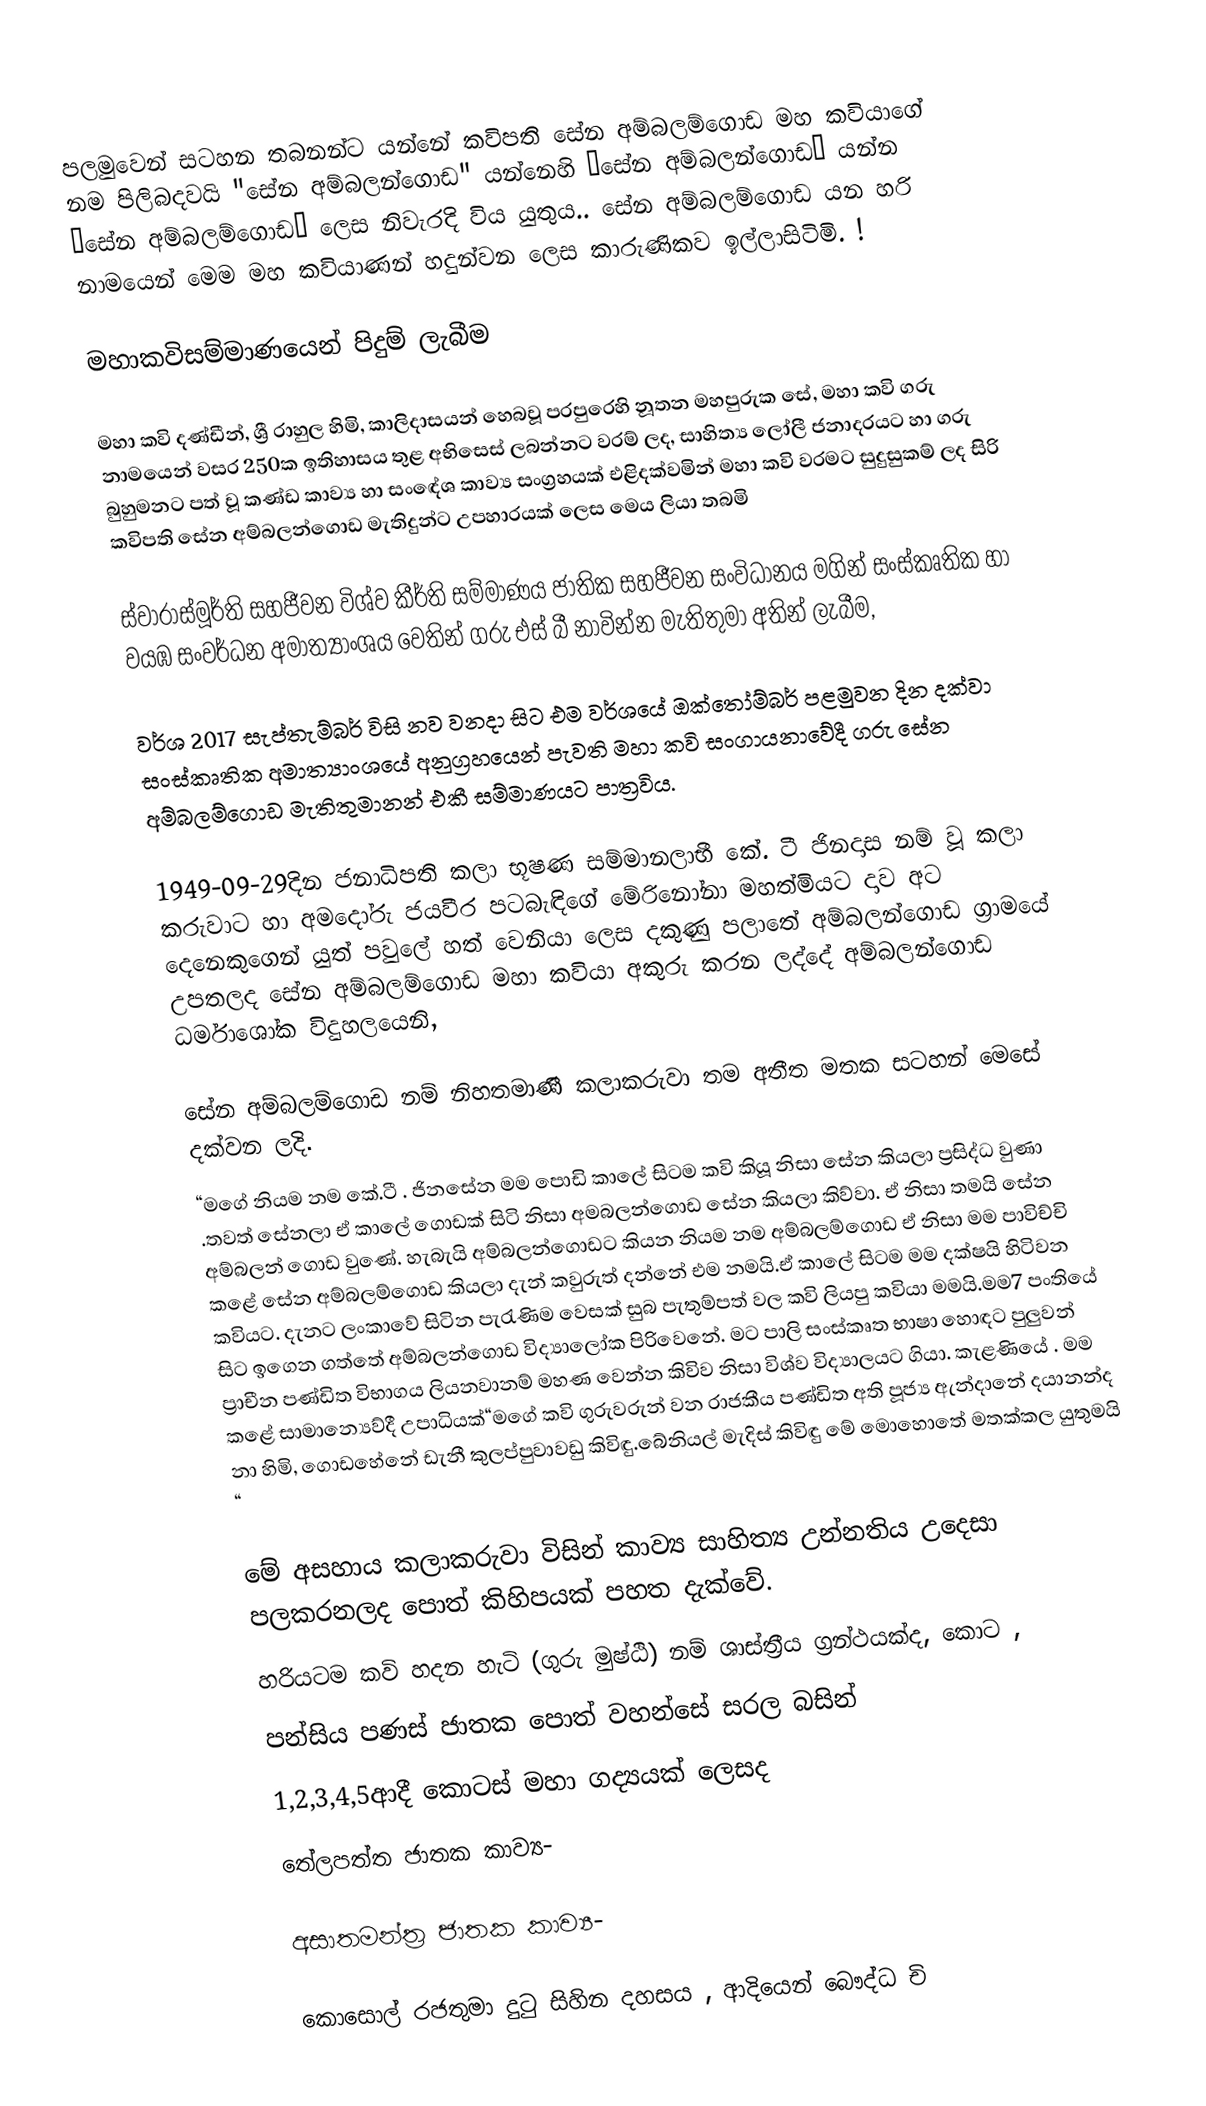
පලමුවෙන් සටහන තබනන්ට යන්නේ කවිපති සේන අම්බලම්ගොඩ මහ කවියාගේ නම පිලිබදවයි "සේන අම්බලන්ගොඩ" යන්නෙහි “සේන අම්බලන්ගොඩ“ යන්න “සේන අම්බලම්ගොඩ“ ලෙස නිවැරදි විය යුතුය.. සේන අම්බලම්ගොඩ යන හරි නාමයෙන් මෙම මහ කවියාණන් හදුන්වන ලෙස කාරුණිකව ඉල්ලාසිටිමි. !

මහාකවිසම්මාණයෙන් පිදුම් ලැබීම

මහා කවි දණ්ඩීන්, ශ්‍රී රාහුල හිමි, කාලිදාසයන් හෙබවූ පරපුරෙහි නූතන මහපුරුක සේ, මහා කවි ගරු නාමයෙන් වසර 250ක ඉතිහාසය තුළ අභිසෙස් ලබන්නට වරම් ලද,  සාහිත්‍ය ලෝලී ජනාදරයට හා ගරු බුහුමනට පත් වූ කණ්ඩ කාව්‍ය හා සංඳේශ කාව්‍ය සංග්‍රහයක් එළිදක්වමින් මහා කවි වරමට සුදුසුකම් ලද සිරි කවිපති සේන අම්බලන්ගොඩ මැතිදුන්ට උපහාරයක් ලෙස මෙය ලියා තබමි

ස්වාරාස්මූර්ති සහජීවන විශ්ව කීර්ති සම්මාණය ජාතික සහජීවන සංවිධානය මගින්  සංස්කෘතික හා වයඹ සංවර්ධන අමාත්‍යාංශය වෙතින් ගරු එස් බී නාවින්න මැතිතුමා අතින් ලැබීම,

වර්ශ 2017 සැප්තැම්බර් විසි නව වනදා සිට එම වර්ශයේ ඔක්තෝම්බර් පළමුවන දින දක්වා සංස්කෘතික අමාත්‍යාංශයේ අනුග්‍රහයෙන් පැවති මහා කවි සංගායනාවේදී ගරු සේන අම්බලම්ගොඩ මැතිතුමානන් එකී සම්මාණයට පාත්‍රවිය.

1949-09-29දින ජනාධිපති කලා භූෂණ සම්මානලාභී කේ. ටී ජිනදාස නම් වූ කලා කරුවාට හා අමදෝරු ජයවීර පටබැඳිගේ මේරිනෝනා මහත්මියට දාව අට දෙනෙකුගෙන් යුත් පවුලේ හත් වෙනියා ලෙස  දකුණු පලාතේ අම්බලන්ගොඩ ග්‍රාමයේ උපතලද සේන අම්බලම්ගොඩ මහා කවියා අකුරු කරන ලද්දේ අම්බලන්ගොඩ ධර්මාශෝක විදුහලයෙනි,

සේන අම්බලම්ගොඩ නම් නිහතමාණී කලාකරුවා තම අතීත මතක සටහන් මෙසේ දක්වන ලදි.
“මගේ නියම නම කේ.ටී . ජිනසේන මම පොඩි කාලේ සිටම කවි කියූ නිසා සේන කියලා ප්‍රසිද්ධ වුණා .තවත් සේනලා ඒ කාලේ ගොඩක් සිටි නිසා අමබලන්ගොඩ සේන කියලා කිව්වා. ඒ නිසා තමයි සේන අම්බලන් ගොඩ වුණේ. හැබැයි අම්බලන්ගොඩට කියන නියම නම අම්බලම්ගොඩ ඒ නිසා මම පාවිච්චි කළේ සේන අම්බලම්ගොඩ කියලා දැන් කවුරුත් දන්නේ එම නමයි.ඒ කාලේ සිටම මම දක්ෂයි හිටිවන කවියට. දැනට ලංකාවේ සිටින පැරැණිම වෙසක් සුබ පැතුම්පත් වල කවි ලියපු කවියා මමයි.මම7 පංතියේ සිට ඉගෙන ගත්තේ අම්බලන්ගොඩ විද්‍යාලෝක පිරිවෙනේ. මට පාලි සංස්කෘත භාෂා හොඳට පුලුවන් ප්‍රාචීන පණ්ඩිත විභාගය ලියනවානම් මහණ වෙන්න කිවිව නිසා විශ්ව විද්‍යාලයට ගියා. කැළණියේ . මම කළේ සාමාන්‍යෙව්දී උපාධියක්“මගේ කවි ගුරුවරුන් වන රාජකීය පණ්ඩිත අති පූජ්‍ය ඇන්දානේ දයානන්ද නා හිමි, ගොඩහේනේ ඩැනී කුලප්පුවාවඩු කිවිඳු.බේනියල් මැදිස් කිවිඳු මේ මොහොතේ මතක්කල යුතුමයි “

මේ අසහාය කලාකරුවා විසින් කාව්‍ය සාහිත්‍ය උන්නතිය උදෙසා පලකරනලද පොත් කිහිපයක් පහත දැක්වේ.
හරියටම කවි හදන හැටි (ගුරු මුෂ්ඨි) නම් ශාස්ත්‍රීය ග්‍රන්ථයක්ද, කොට ,
පන්සිය පණස් ජාතක පොත් වහන්සේ සරල බසින්
1,2,3,4,5ආදී කොටස් මහා ගද්‍යයක් ලෙසද
තේලපත්ත ජාතක කාව්‍ය-

අසාතමන්ත්‍ර ජාතක කාව්‍ය-

කොසොල් රජතුමා දුටු සිහින දහසය , ආදියෙන් බෞද්ධ චි